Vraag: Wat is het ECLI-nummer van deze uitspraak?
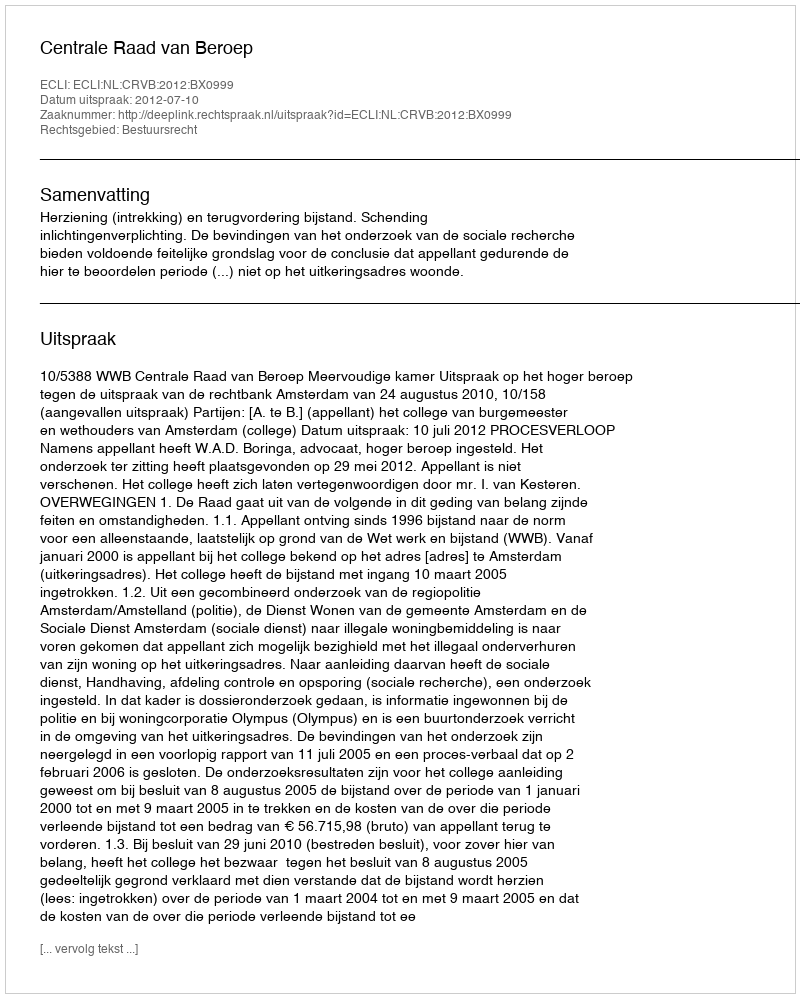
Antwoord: ECLI:NL:CRVB:2012:BX0999